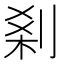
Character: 𠜽